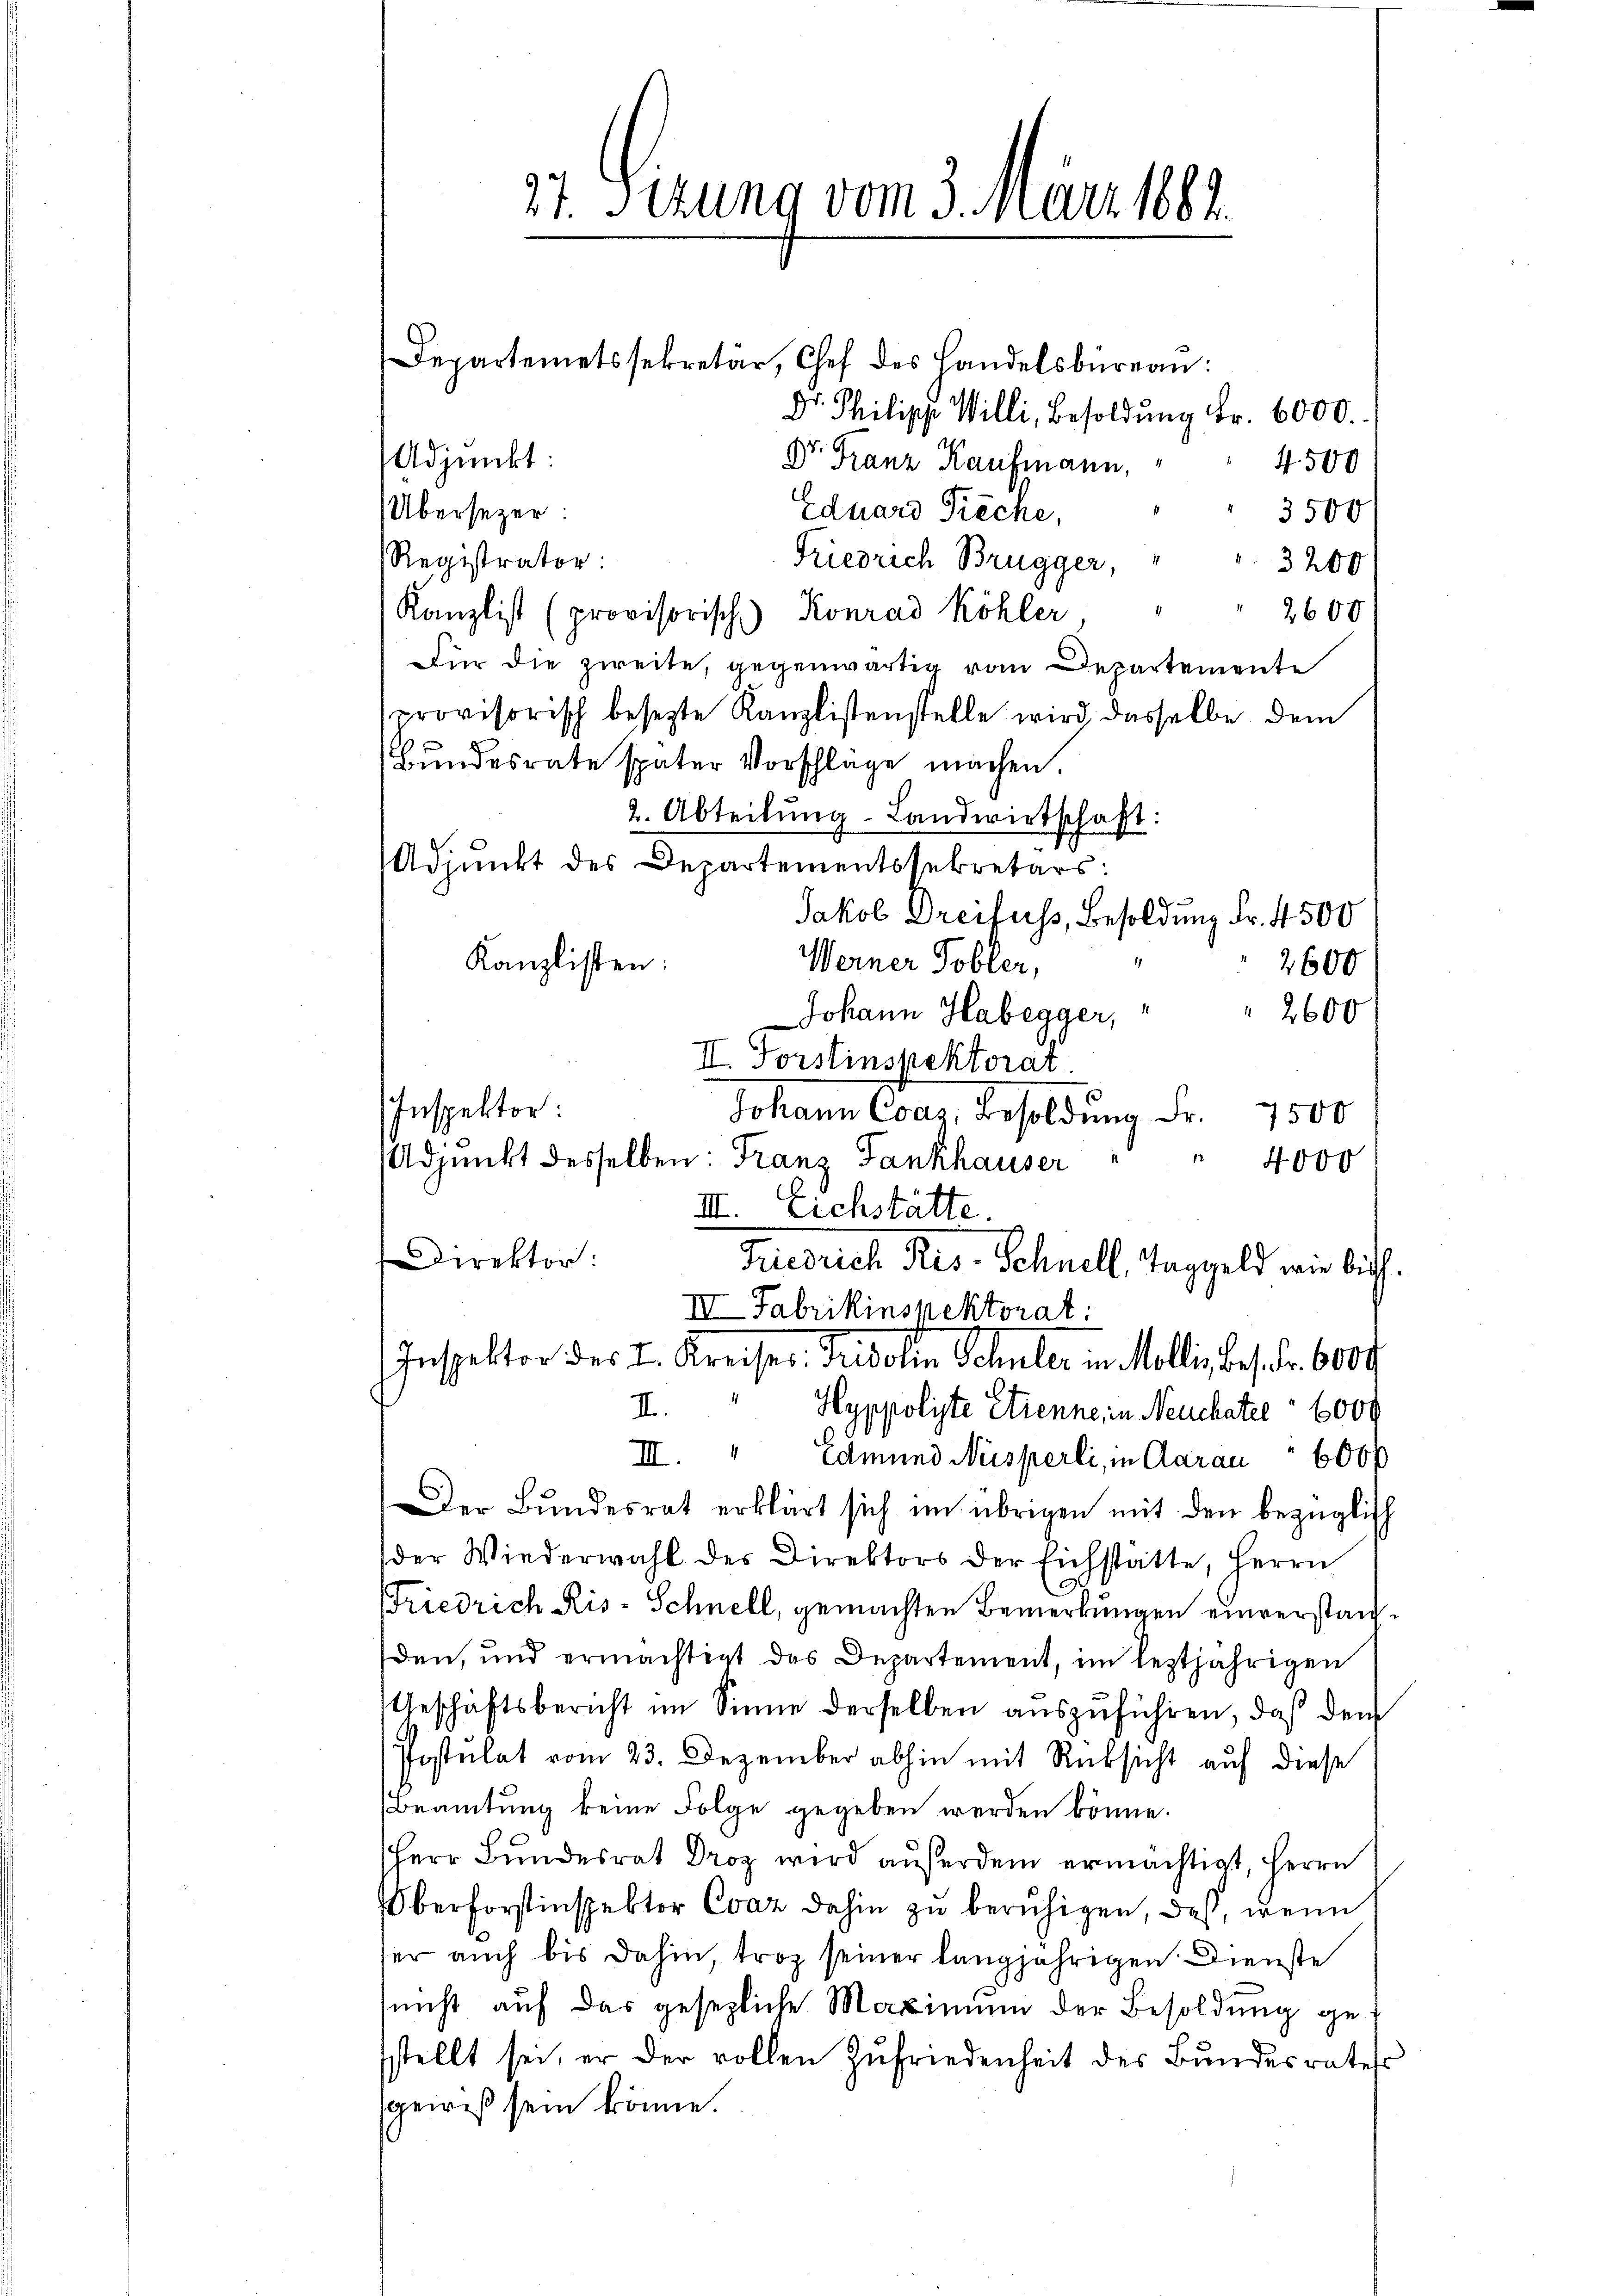
37. Sedung vom 3. März 1882.

Departemetssekretär, Chef des Handelsbüreau:
Dr. Philipp Willi, Besoldŭng Fr. 6000.
Adjunkt:
Dr. Franz Kaufmann,
4500
Übersezer:
Eduard Pieche,
3500
Friedrich Brugger,
Registrator:
3200
2600
Kanzlist (provisorisch) Konrad Köhler,
Für die zweite, gegenwärtig vom Departemente
provisorisch besezte Kanzlistenstelle wird, dasselbe dem
Bundesrate später Vorschlage machen.
2. Abteilung- Landwirtschaft:
Adjunkt des Departementssekretärs:
Jakob Dreifuss, Besoldung Fr. 4500
Kanzlisten:
Werner Tobler,
2600
Johann Habegger, " " 2600
II. Forstinspektorat
Inspektor:
Johann Conz Besoldung Fr. 1500
Adjunkt desselben: Franz Fankhauser " " 4000
III. Eichstätte.
Direktor:
Friedrich Res. Schnell, Taggeld wir sich
III Fabrikinspektorat:
Inspektor des I. Kreiser. Fridolin Schuler in Mollig beschr. 6000
II.
Hyppoliste Etienne, in Neuchater 6000
III. " Edmund Nüsperli, in Aarau " 600
Der Bundesrat erklärt sich im übrigen mit den bezüglich
der Wiederwahl des Direktors der Eichstatte, Herrn
Friedrich Ris- Schnell, gemachten Bemerkungen einverstan
den, und ermächtigt das Departement, im leztjährigen
Geschäftsbericht im Sinne derselben aŭszŭführen, daß den
Postulat vom 23. Dezember abhin mit Rücksicht auf diese
Beamtung keine Folge gegeben werden könne.
Herr Bundesrat Droz wird außerdem ermächtigt, Herrn
Oberforstinspektor Cvaz dahin zu beruhigen, daß, wenn
ter auch bis dahin, troz seiner langjährigen Dienste
nicht auf das gesezliche Maximum der Besoldung gesstellt sei, er der vollen Zufriedenheit des Bŭndesrates
sgewiß sein könne.